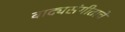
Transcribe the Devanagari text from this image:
वाद्यसंगीताचे